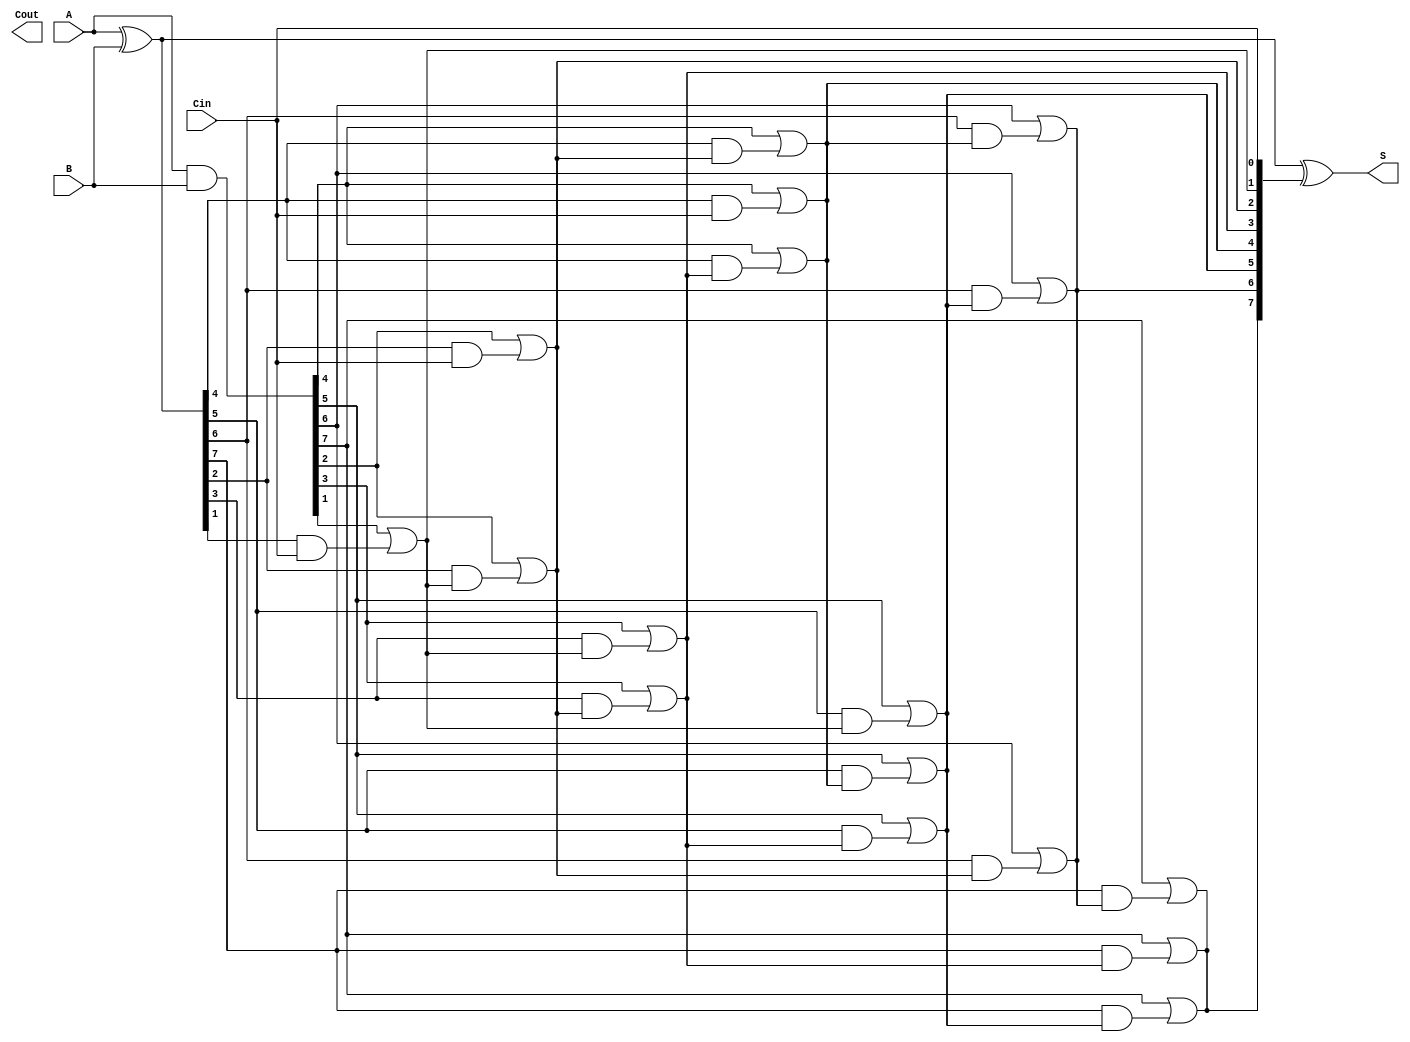
module KoggeStoneAdder #(parameter n = 8) (
    input [n-1:0] A,
    input [n-1:0] B,
    input Cin,
    output [n-1:0] S,
    output Cout
);
    
    // Intermediate generate and propagate signals
    wire [n-1:0] G; // Generate
    wire [n-1:0] P; // Propagate
    wire [n:0] C;   // Carry signals

    // Calculate generate and propagate signals
    assign G = A & B;  // G[i] = A[i] & B[i]
    assign P = A ^ B;  // P[i] = A[i] ^ B[i]

    // Calculate carry signals
    assign C[0] = Cin;  // C[0] = Cin
    genvar i, j;
    generate
        for (j = 1; j <= $clog2(n); j = j + 1) begin : carry_generation
            for (i = 0; i < n; i = i + 1) begin : carry_computation
                if (i >= (1 << (j - 1))) begin
                    assign C[i] = G[i] | (P[i] & C[i - (1 << (j - 1))]);
                end else begin
                    assign C[i] = C[i]; // Keep previous carry if we are not affecting this bit
                end
            end
        end
    endgenerate

    // Calculate sum bits
    assign S = P ^ C[n-1:0];  // S[i] = P[i] ^ C[i]

    // Carry out
    assign Cout = C[n];  // Cout is the final carry out

endmodule